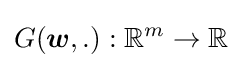
G({\boldsymbol {w}},.):\mathbb {R} ^{m}\to \mathbb {R}